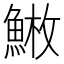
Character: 𩸳